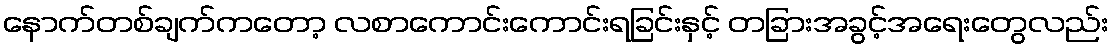
နောက်တစ်ချက်ကတော့ လစာကောင်းကောင်းရခြင်းနှင့် တခြားအခွင့်အရေးတွေလည်း